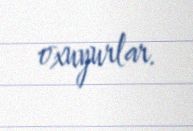
oxuyurlar.